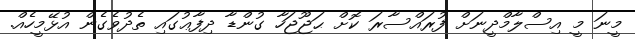
މީނަ މީ އިސްލާމްދީނަށް ފުރައްސާރަ ކޮށް ޙަޖޫޖަހާ ގުންޑާ ދިފާޢުގައި ތެދުވެގެން އުޅޭމީހެއް.